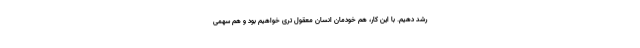
رشد دهیم. با این کار، هم خودمان انسان معقول تری خواهیم بود و هم سهمی